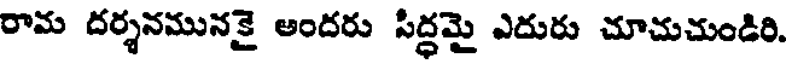
రామ దర్శనమునకై అందరు సిద్ధమై ఎదురు చూచుచుండిరి.